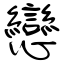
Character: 戀